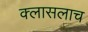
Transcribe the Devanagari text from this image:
क्लासलाच